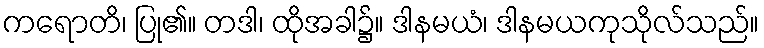
ကရောတိ၊ ပြု၏။ တဒါ၊ ထိုအခါ၌။ ဒါနမယံ၊ ဒါနမယကုသိုလ်သည်။